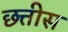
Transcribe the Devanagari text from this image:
छ्त्तीस